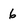
Character: 6